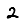
Digit: 2